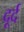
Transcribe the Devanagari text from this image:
दूर्द